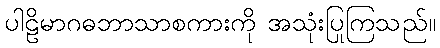
ပါဠိမာဂဓဘာသာစကားကို အသုံးပြုကြသည်။